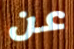
عن